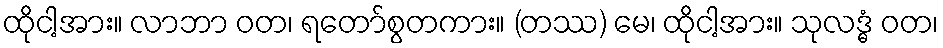
ထိုငါ့အား။ လာဘာ ဝတ၊ ရတော်စွတကား။ (တဿ) မေ၊ ထိုငါ့အား။ သုလဒ္ဓံ ဝတ၊